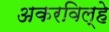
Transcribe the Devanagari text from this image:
अकरविल्हे